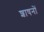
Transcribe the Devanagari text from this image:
शाषनों